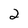
Character: 2